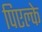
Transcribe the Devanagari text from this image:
पिएल्के